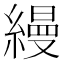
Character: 縵